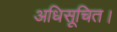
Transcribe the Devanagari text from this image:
अधिसूचित।